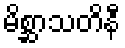
မိစ္ဆာသတိနီ